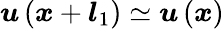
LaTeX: \boldsymbol{u}\left(\boldsymbol{x}+\boldsymbol{l}_{1}\right)\simeq\boldsymbol{u}\left(\boldsymbol{x}\right)